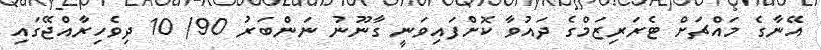
އޭނާގެ މައްޗަށް ޓެރަރިޒަމްގެ ދައުވާ ކޮށްފައިވަނީ ގާނޫނު ނަންބަރު 90/ 10 ދިވެހިރާއްޖޭގައި